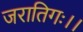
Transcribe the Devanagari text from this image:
जरातिगः।।